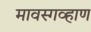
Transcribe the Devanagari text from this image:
मावस्गव्हाण